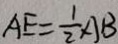
A E = \frac { 1 } { 2 } A B